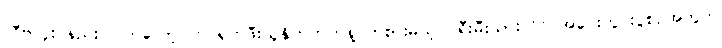
လီဗာပူး နည်းပြ ကလော့ပ်က ရှက်ဖီးယူနိုက်တက်နဲ့ ကစားမယ့် ပရီးမီးယားလိဂ် အဝေးကွင်းပွဲစဉ်အတွက်